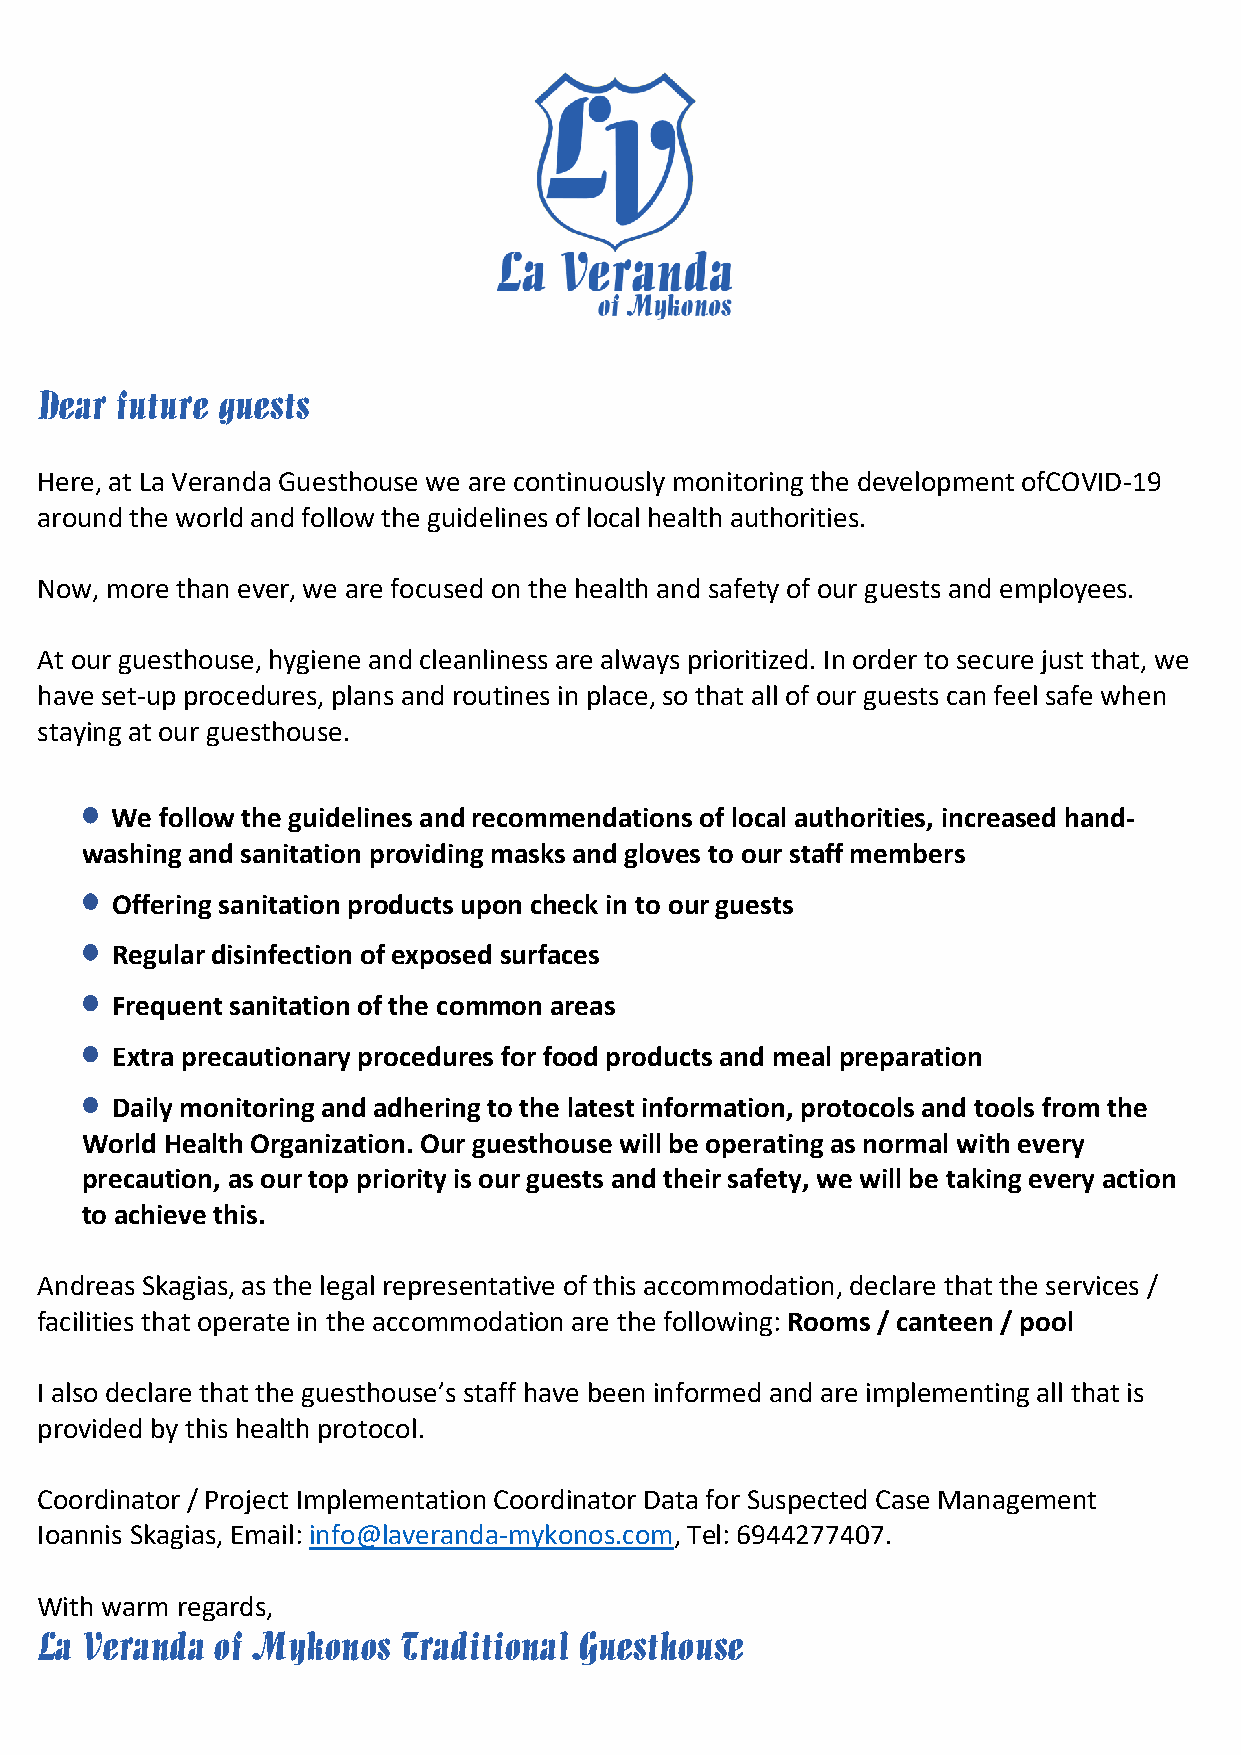
Dear  future guests
 Here, at La Veranda Guesthouse we are continuously monitoring the development ofCOVID-19
 around the world and follow the guidelines of local health authorities.
 Now, more than ever, we are focused on the health and safety of our guests and employees.
 At our guesthouse, hygiene and cleanliness are always prioritized. In order to secure just that, we
 have set-up procedures, plans and routines in place, so that all of our guests can feel safe when
 staying at our guesthouse.
 •
 We  follow the guidelines and recommendations of local authorities, increased hand-
 washing and sanitation providing masks and gloves to our staff members
 •
 Offering sanitation products upon check in to our guests
 •
 Regular disinfection of exposed surfaces
 •
 Frequent sanitation of the common areas
 •
 Extra precautionary procedures for food products and meal preparation
 •
 Daily monitoring and adhering to the latest information, protocols and tools from the
 World Health Organization. Our guesthouse will be operating as normal with every
 precaution, as our top priority is our guests and their safety, we will be taking every action
 to achieve this.
 Andreas Skagias, as the legal representative of this accommodation, declare that the services /
 facilities that operate in the accommodation are the following: Rooms / canteen / pool
 I also declare that the guesthouse’s staff have been informed and are implementing all that is
 provided by this health protocol.
 Coordinator / Project Implementation Coordinator Data for Suspected Case Management
 Ioannis Skagias, Email: info@laveranda-mykonos.com, Tel: 6944277407.
 With warm regards,
 La Veranda  of Mykonos  Traditional Guesthouse